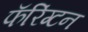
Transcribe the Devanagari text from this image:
फॅरिंग्टन